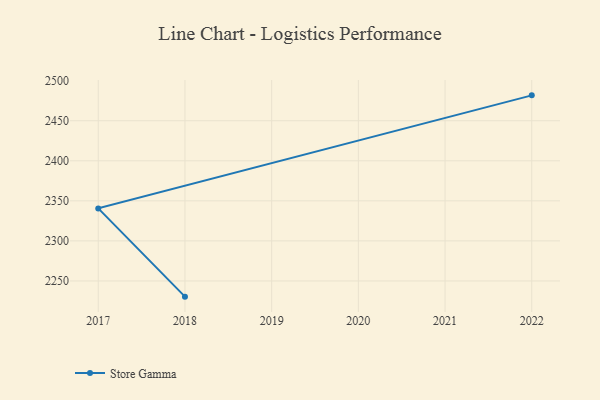
{"axis": {"x": "Year", "y": "Satisfaction Score"}, "legend": ["Store Gamma"], "data": [{"x": "2022", "y": 2481.7, "type": "Store Gamma"}, {"x": "2017", "y": 2340.6, "type": "Store Gamma"}, {"x": "2018", "y": 2230.4, "type": "Store Gamma"}]}